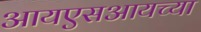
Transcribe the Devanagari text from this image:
आयएसआयच्या